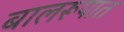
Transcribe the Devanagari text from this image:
बालरूपात